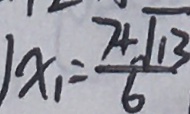
1 x _ { 1 } = \frac { 7 + \sqrt { 1 3 } } { 6 }